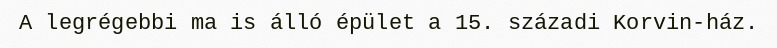
A legrégebbi ma is álló épület a 15. századi Korvin-ház.